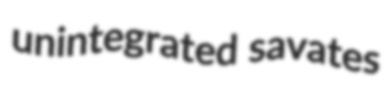
unintegrated savates